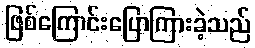
ဖြစ်ကြောင်းပြောကြားခဲ့သည်